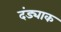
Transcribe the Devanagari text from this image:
दंड्याक